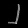
Digit: ၂